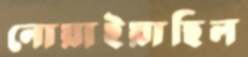
নোয়াইয়াছিল